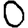
Digit: 0